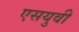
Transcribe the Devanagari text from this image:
एसयुवी